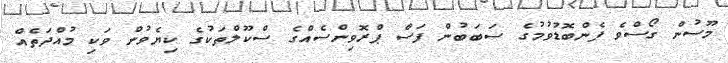
މޫސުން ގޯސްވެ ފެންބޮޑުވުމުގެ ސަބަބުން ފަސް ޕްރޮވިންސެއްގެ ސްކޫލްތަކުގެ ކިޔެވުން ވަކި މުއްދަތެއް